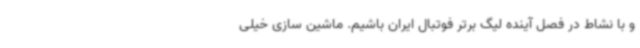
و با نشاط در فصل آینده لیگ برتر فوتبال ایران باشیم. ماشین سازی خیلی